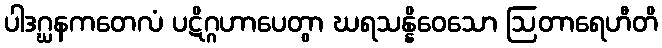
ပါဒဂ္ဃနကတေလံ ပဋိဂ္ဂဟာပေတွာ ဃရသန္နိဝေသော ဩတာရေဟီတိ